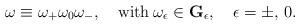
LaTeX: \begin{align*}\omega\equiv \omega_+\omega_0\omega_-, \quad \hbox{with}\>\omega_\epsilon \in {\bf G}_\epsilon, \quad \epsilon = \pm, \, 0.\end{align*}